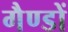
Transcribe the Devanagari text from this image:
गैण्डों